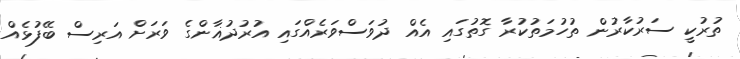
ތުރުކީ ސަރުކާރުން ތުހުމަތުކުރާ ގޮތުގައި އެއް ދުވަސްވަރެއްގައި އުރުދުޣާންގެ ވަރަށް އަރިސް ބޭފުޅެއް